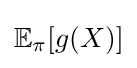
\mathbb {E} _{\pi }[g(X)]